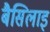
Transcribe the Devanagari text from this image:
बैसिलाइ